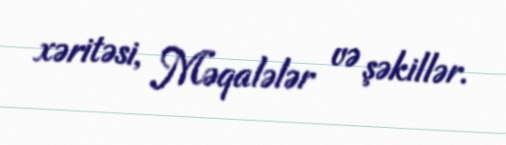
xəritəsi, Məqalələr və şəkillər.